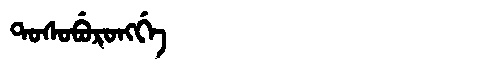
Manchu: ᡨᠣᠰᠣᠪᡠᡵᠣᠩᡤᡝ
Romanization: TOSOBURONGGE